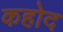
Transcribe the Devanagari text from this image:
कहोद